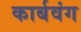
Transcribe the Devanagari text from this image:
कार्बवंग